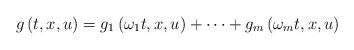
LaTeX: \begin{align*}g\left(t,x,u\right)=g_{1}\left(\omega_{1}t,x,u\right)+\cdots+g_{m}\left(\omega_{m}t,x,u\right)\end{align*}